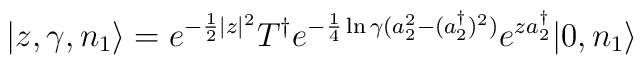
|z,\gamma,n_1\rangle=e^{-\frac{1}{2}|z|^2}T^\dagger e^{-\frac{1}{4}\ln\gamma(a_2^2-(a_2^\dagger)^2)}e^{za_2^\dagger}|0,n_1\rangle